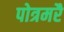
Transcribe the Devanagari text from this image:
पोत्रमरै